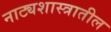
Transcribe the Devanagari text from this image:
नाट्यशास्त्रातील